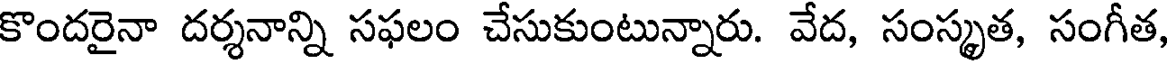
కొందరైనా దర్శనాన్ని సఫలం చేసుకుంటున్నారు. వేద, సంస్కృత, సంగీత,